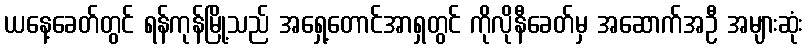
ယနေ့ခေတ်တွင် ရန်ကုန်မြို့သည် အရှေ့တောင်အာရှတွင် ကိုလိုနီခေတ်မှ အဆောက်အဦ အများဆုံး